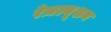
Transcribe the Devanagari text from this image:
रेज़ल्यूशन